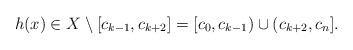
\begin{align*} h(x) \in X \setminus [c_{k-1}, c_{k+2}]= [c_0,c_{k-1}) \cup (c_{k+2},c_n].\end{align*}